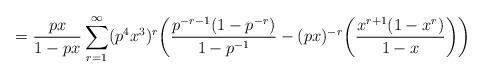
LaTeX: \begin{align*}= \frac{px}{1-px} \sum_{r=1}^{\infty} (p^4x^3)^r \bigg( \frac{p^{-r-1}(1-p^{-r})}{1-p^{-1}} - (px)^{-r}\bigg( \frac{x^{r+1}(1-x^r)}{1-x}\bigg)\bigg)\end{align*}